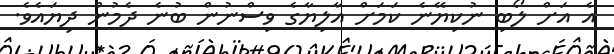
އެ އަށް ލޯބި ނުކިޔޭނެ ކަމަށް އާލިޔާގެ ވިސްނުން ބުނެ ދެމުން ދިޔައެވެ.